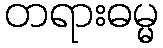
တရားဓမ္မ